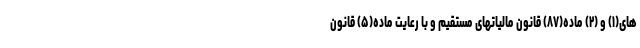
های(۱) و (۲) ماده(۸۷) قانون مالیاتهای مستقیم و با رعایت ماده(۵) قانون